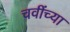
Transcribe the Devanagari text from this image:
चवींच्या